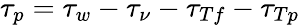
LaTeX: \tau_{p}=\tau_{w}-\tau_{\nu}-\tau_{Tf}-\tau_{Tp}